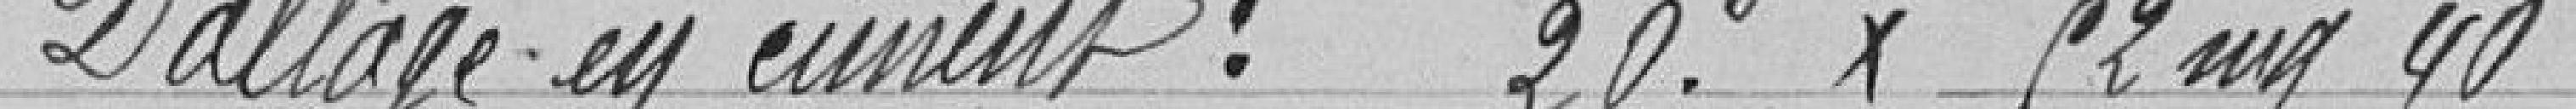
Dallage en ciment : 20 F x 52 mg 40